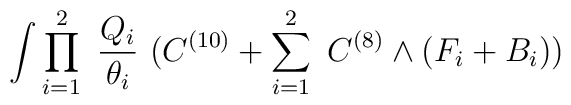
\int \prod_{i=1}^{2}~\frac{Q_i}{\theta_i}~(C^{(10)} + \sum_{i=1}^{2}~C^{(8)} \wedge (F_i + B_i))